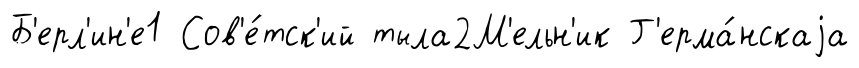
Б'ерл'ин'е1 Сов'е́тск'ий тыла2М'ельн'ик Г'ерма́нскаjа